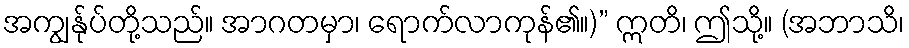
အကျွန်ုပ်တို့သည်။ အာဂတမှာ၊ ရောက်လာကုန်၏။)” ဣတိ၊ ဤသို့။ (အဘာသိ၊